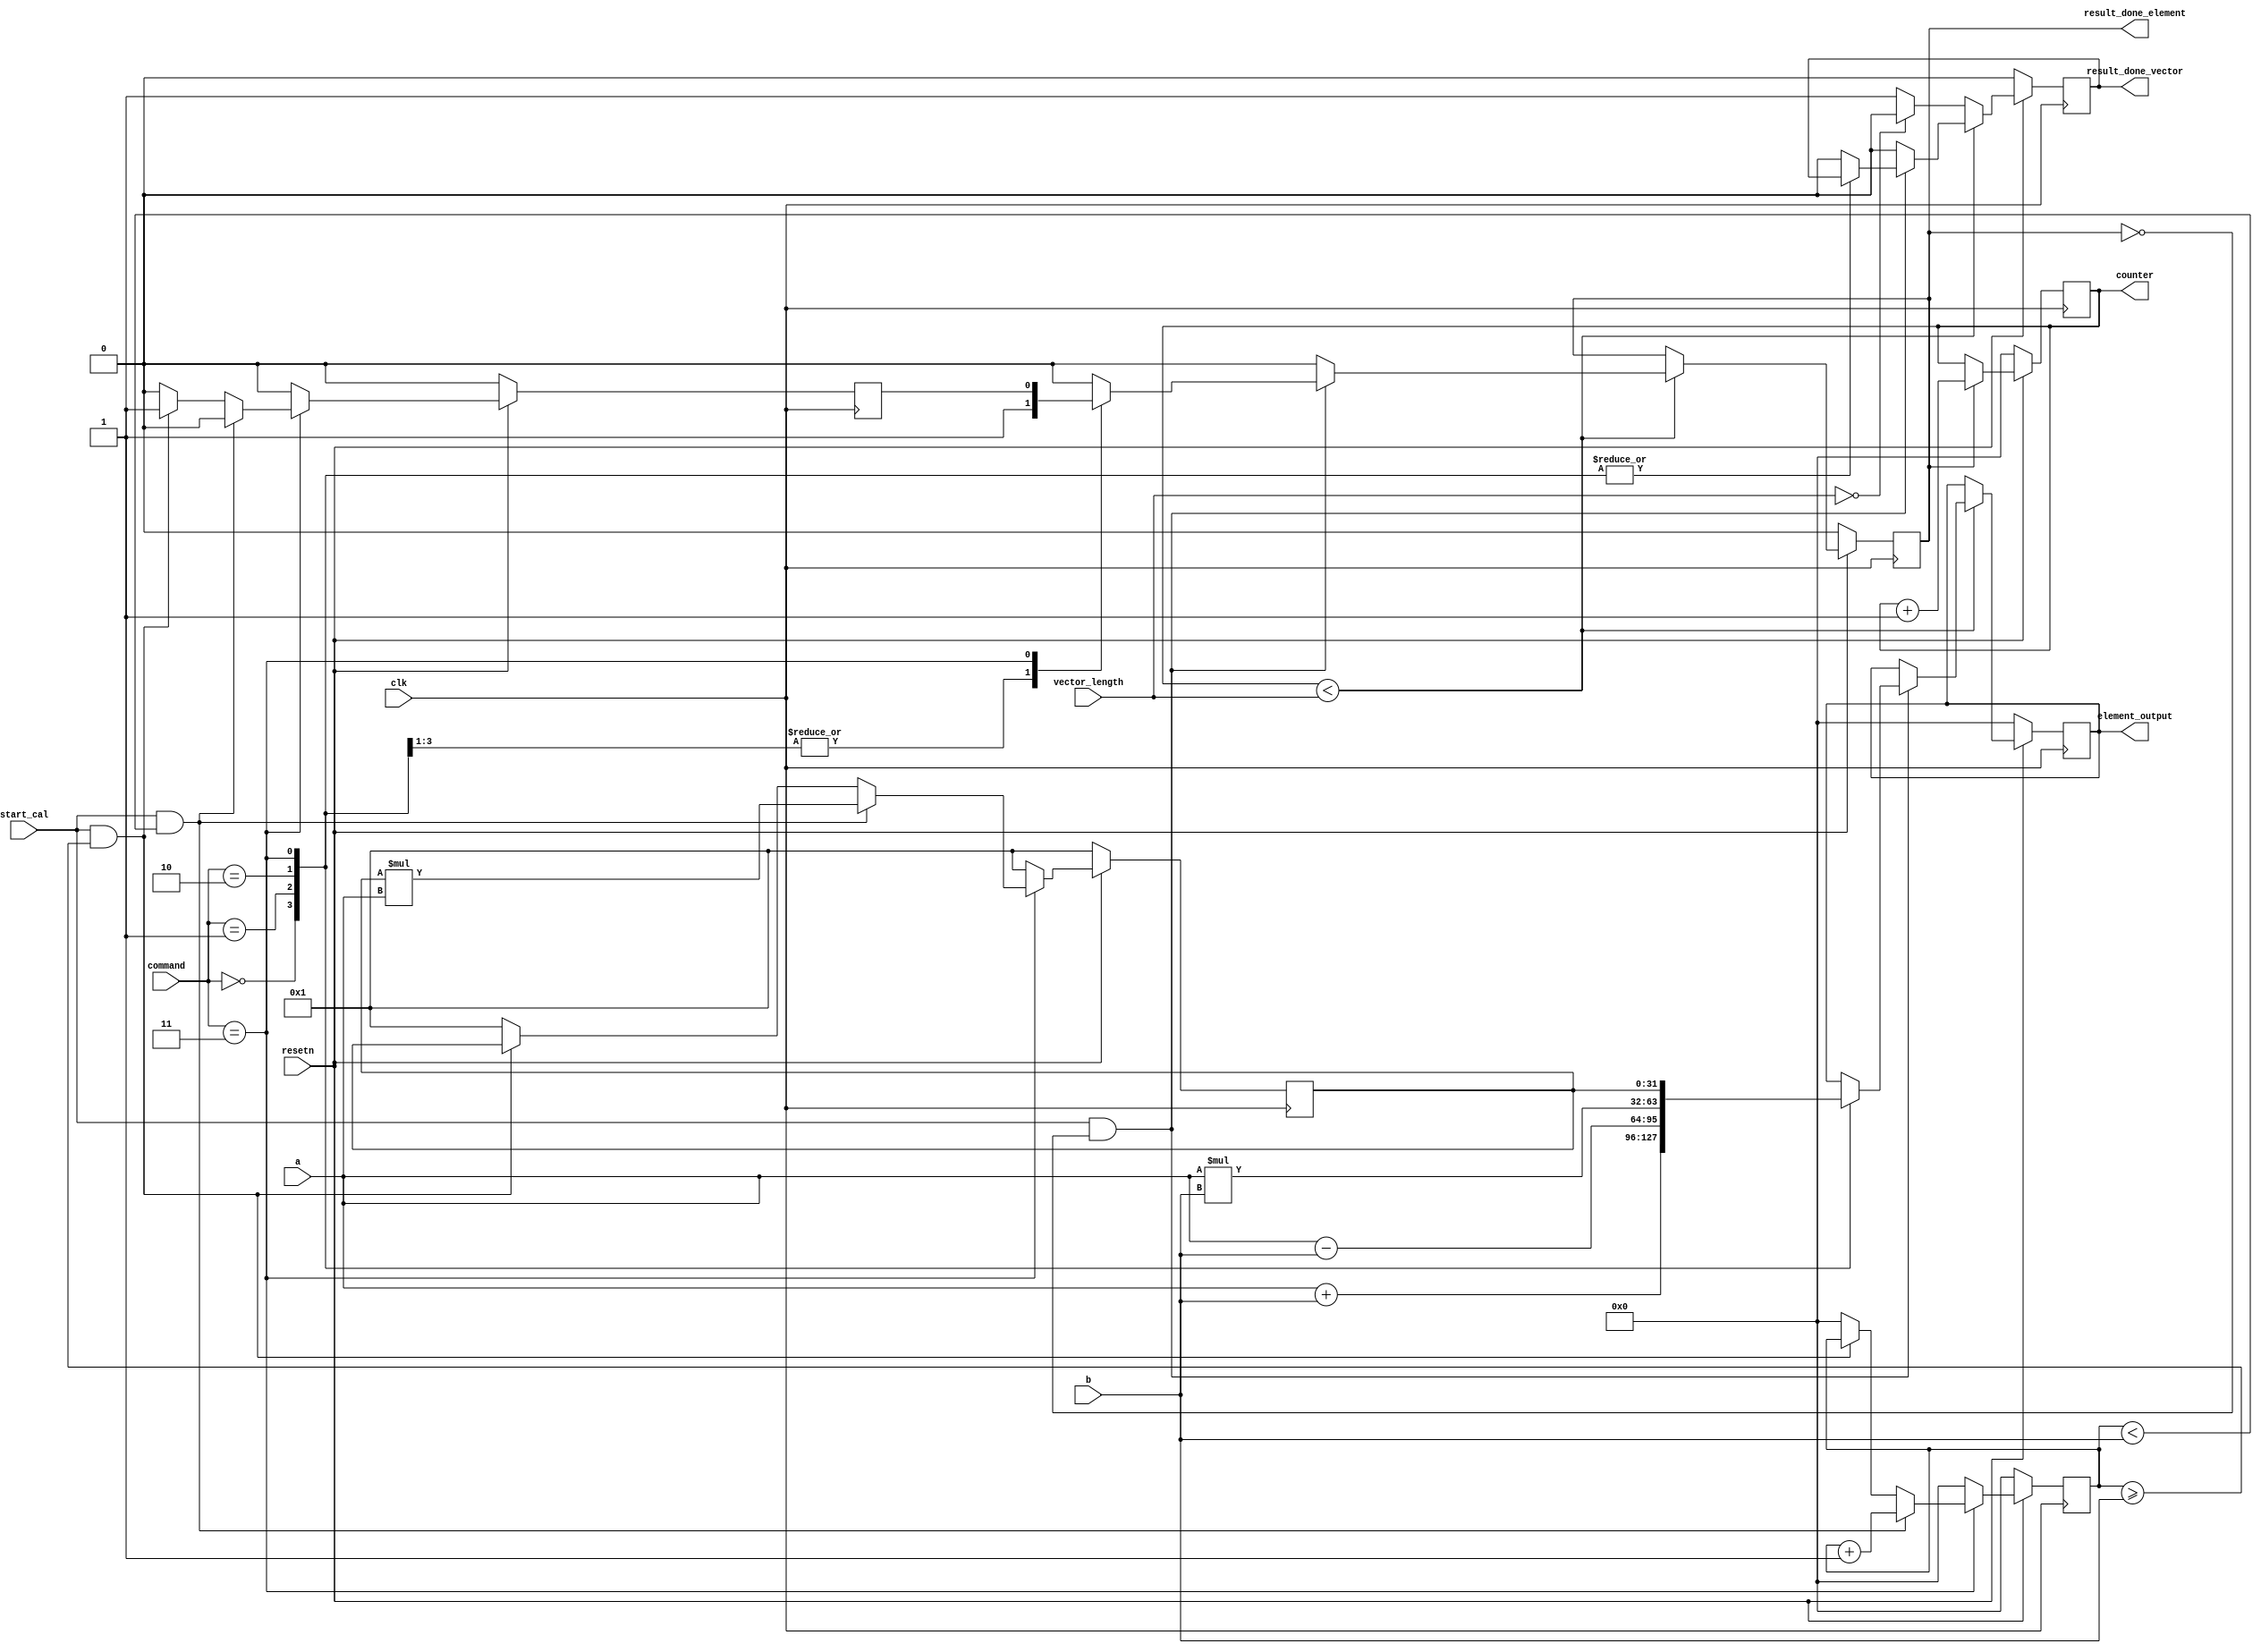
`timescale 1ns / 1ps
//////////////////////////////////////////////////////////////////////////////////
// Company: 
// Engineer: 
// 
// Design Name: 
// Module Name: alu_vector
// Project Name: 
// Target Devices: 
// Tool Versions: 
// Description: 
// 
// Dependencies: 
// 
// Revision:
// Revision 0.01 - File Created
// Additional Comments:
// 
//////////////////////////////////////////////////////////////////////////////////


module alu_vector#(
  parameter DATA_W = 32,
  parameter ADDR_W = 32,
  parameter DEPTH = 1024
  ) 
  (
	input clk,
    input resetn,        
    
    input[DATA_W-1:0] a,
    input[DATA_W-1:0] b,
    
    input [15:0] command,
    input [7:0] vector_length,
    
    input start_cal,  

    output reg [DATA_W-1:0] element_output,
    output reg result_done_element,
    output reg result_done_vector,      
    output reg [31:0] counter
    );
    
    reg [31:0] result_power;   
    reg done_power;            
    reg [31:0] counter_power; 
    
    // counting how many times we calculated 
    // used as writing address for bram C
    always @(posedge clk) 
    begin
        if (resetn == 0) 
        begin
          counter <= 0;
        end
        else
        begin
          if(result_done_element == 1)
          begin
            counter <= counter+1;
          end
          else
          begin
            counter <= counter;
          end
        end
    end
                
    always @(posedge clk) begin
        if (resetn == 0) begin
            element_output <= 0;
            result_done_vector <= 0;
            result_done_element <= 0;
        end 
        else begin
            if (counter < vector_length)
            begin
                if (start_cal && (result_done_element == 0) ) 
                begin 
                  case (command)
                    0: begin element_output <= $signed(a) + $signed(b); result_done_element <= 1; end
                    1: begin element_output <= $signed(a) - $signed(b); result_done_element <= 1; end
                    2: begin element_output <= $signed(a) * $signed(b); result_done_element <= 1; end
                    3: begin element_output <= result_power; result_done_element <= done_power;   end  // power needs more clk 

                    default: begin element_output <= element_output; result_done_vector <= 0; result_done_element <= 0; end
                  endcase
                end
                else 
                begin
                  element_output <= element_output; result_done_vector <= 0; result_done_element <= 0;
                end
            end
            else
            begin
              if(vector_length == 0)
              begin
                result_done_vector <= 0;
              end
              else
              begin
                result_done_vector <= 1;
              end
            end

        end
    end
    
    //calculating the power operation
    //the same as simple alu power logic
    always @ (posedge clk) begin
        if (resetn == 0) 
        begin
            result_power <= 1; 
            done_power <= 0;
            counter_power <= 0;
        end 
        
        else begin
            if (command == 3) begin
                if (start_cal == 1 && counter_power < b) begin 
                    result_power <= result_power * a;
                    counter_power <= counter_power + 1;
                    done_power <= 0; 
                end 
                else if (start_cal == 1 && counter_power >= b) begin

                    result_power <= result_power;
                    counter_power <= counter_power;
                    done_power <= 1;
                end 
                else begin 
                    result_power <= 1;
                    done_power <= 0;
                    counter_power <= 0;
                end
             end 
             else begin 
                  result_power <= 1;
                  done_power <= 0;
                  counter_power <= 0;
             end
        end
    end 
    
endmodule